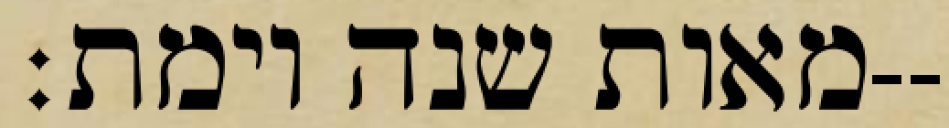
מאות שנה וימת׃--